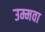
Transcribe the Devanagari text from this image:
उम्मवा